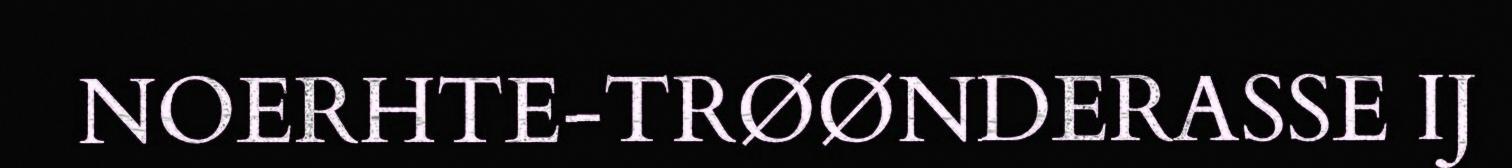
NOERHTE-TRØØNDERASSE IJ